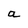
Character: a